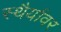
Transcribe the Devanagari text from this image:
स्थैर्यावर